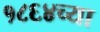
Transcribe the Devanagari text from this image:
१८६४च्या